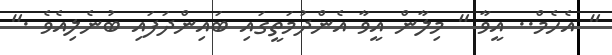
" އެހެމް.. އީވާ " މިލާން އީވާ އެންދުމަތީގައިި ބައިންދަފައި ބުނެލިއެވެ ."